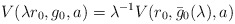
\begin{align*}V(\lambda r_0,g_0,a)=\lambda ^{-1}V(r_0,\bar{ g}_0(\lambda ),a)\end{align*}